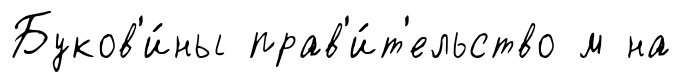
Буков'и́ны прав'и́т'ельство м на